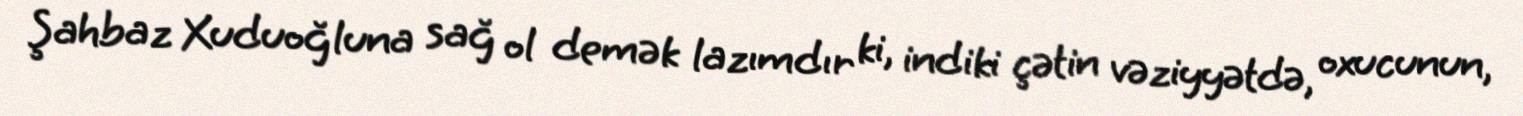
Şahbaz Xuduoğluna sağ ol demək lazımdır ki, indiki çətin vəziyyətdə, oxucunun,